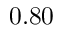
0 . 8 0